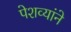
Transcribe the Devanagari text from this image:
पेशव्यांने